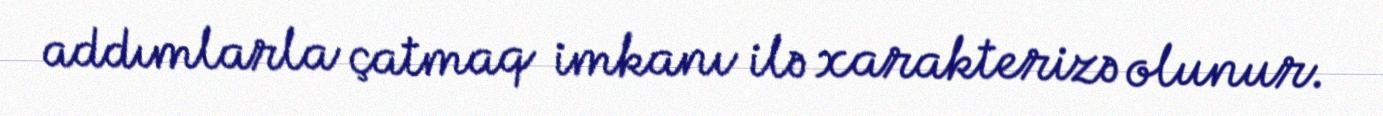
addımlarla çatmaq imkanı ilə xarakterizə olunur.